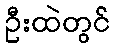
ဦးထဲတွင်